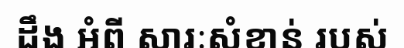
ដឹង អំពី សារៈសំខាន់ របស់